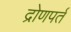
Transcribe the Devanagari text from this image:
द्रोणपर्त